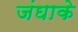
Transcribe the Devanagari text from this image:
जंघाके